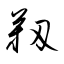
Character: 靱